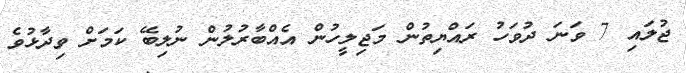
ޖުލައި 7 ވަނަ ދުވަހު ރައްޔިތުން މަޖިލީހުން އެއްބާރުލުން ނުލިބޭ ކަމަށް ވިދާޅުވެ